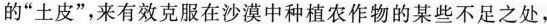
的”土皮”，来有效克服在沙漠中种植农作物的某些不足之处，